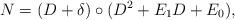
LaTeX: \begin{align*} N = (D + \delta ) \circ (D^2 + E_1 D + E_0) , \end{align*}